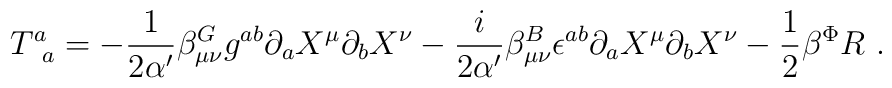
T^a_{\phantom{a}a}=-{1\over2\alpha^\prime}\beta_{\mu\nu}^Gg^{ab}\partial_aX^\mu\partial_bX^\nu-{i\over2\alpha^\prime}\beta_{\mu\nu}^B\epsilon^{ab}\partial_aX^\mu\partial_bX^\nu-{1\over2}\beta^\Phi R\ .